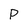
Character: P